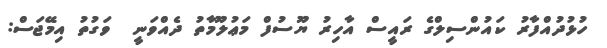
ހުޅުދުއްފާރު ކައުންސިލްގެ ރައީސް އާހިރު ޔޫސުފް މަޢުލޫމާތު ދެއްވަނީ  ވަގުތު އިމޭޖަސް: